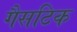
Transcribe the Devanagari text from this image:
गैसटिक